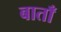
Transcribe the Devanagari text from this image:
बाताँ